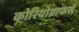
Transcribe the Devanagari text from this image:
कोरियोग्राफर्स